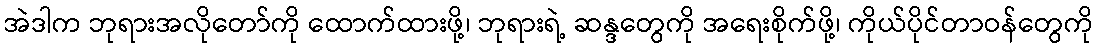
အဲဒါက ဘုရားအလိုတော်ကို ထောက်ထားဖို့၊ ဘုရားရဲ့ ဆန္ဒတွေကို အရေးစိုက်ဖို့၊ ကိုယ်ပိုင်တာဝန်တွေကို